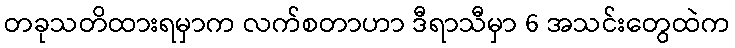
တခုသတိထားရမှာက လက်စတာဟာ ဒီရာသီမှာ 6 အသင်းတွေထဲက